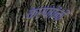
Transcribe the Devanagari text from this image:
करणांनी